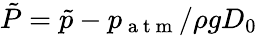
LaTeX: \tilde{P}=\tilde{p}-p_{\mathrm{~a~t~m~}}/\rho gD_{0}